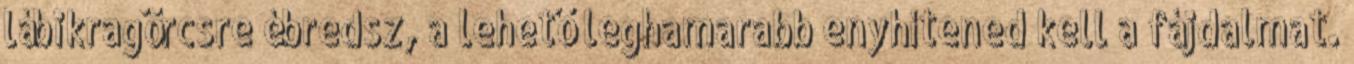
lábikragörcsre ébredsz, a lehető leghamarabb enyhítened kell a fájdalmat.